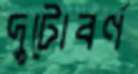
দুটোবর্ণ